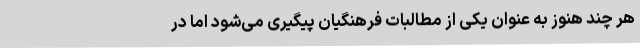
هر چند هنوز به عنوان یکی از مطالبات فرهنگیان پیگیری می‌شود اما در